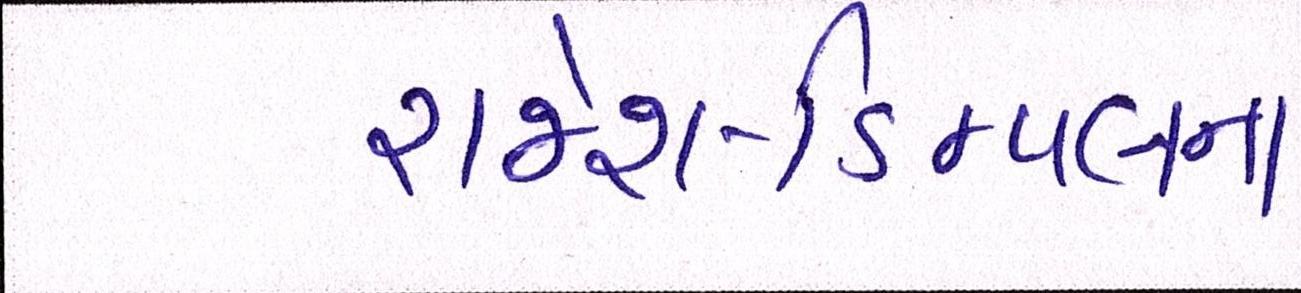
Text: રાજેશ-ડિમ્પલના